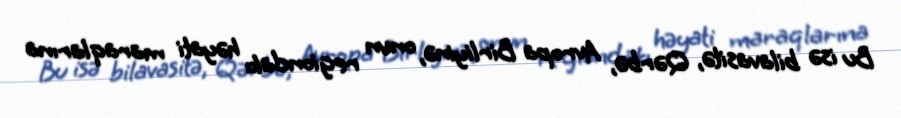
Bu isə bilavasitə, Qərbə, Avropa Birliyinə, onun regiondakı həyati maraqlarına